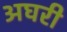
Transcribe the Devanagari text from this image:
अघरी